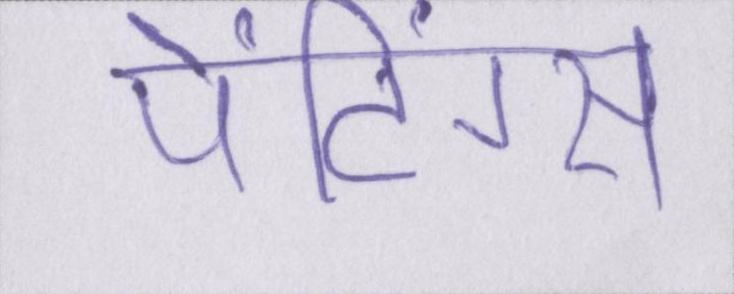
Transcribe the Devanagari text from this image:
पेंटिंग्स